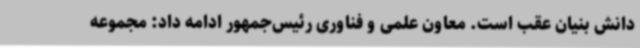
دانش بنیان عقب است. معاون علمی و فناوری رئیس‌جمهور ادامه داد: مجموعه